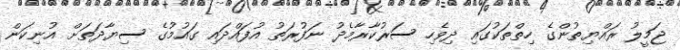
ޖަމީލު ރައްޔިތުންގެ ހިތްތަކުގައި ދިވެހި ސަރުކާރާމެދު ނަފުރަތު އުފައްދައި ގައުމުގެ ސިޔާދަތަށް އުނިކަން